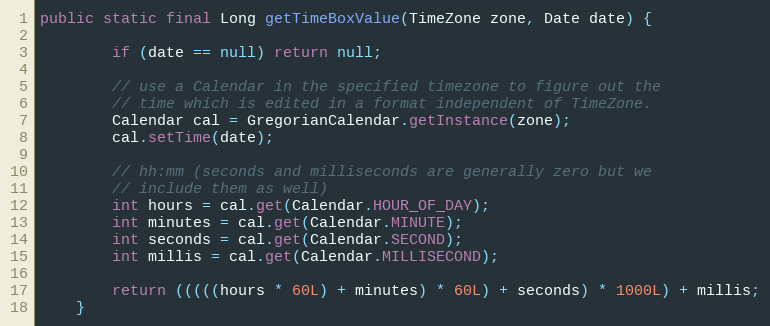
Language: Java
public static final Long getTimeBoxValue(TimeZone zone, Date date) {

        if (date == null) return null;

        // use a Calendar in the specified timezone to figure out the
        // time which is edited in a format independent of TimeZone.
        Calendar cal = GregorianCalendar.getInstance(zone);
        cal.setTime(date);

        // hh:mm (seconds and milliseconds are generally zero but we
        // include them as well)
        int hours = cal.get(Calendar.HOUR_OF_DAY);
        int minutes = cal.get(Calendar.MINUTE);
        int seconds = cal.get(Calendar.SECOND);
        int millis = cal.get(Calendar.MILLISECOND);

        return (((((hours * 60L) + minutes) * 60L) + seconds) * 1000L) + millis;
    }